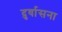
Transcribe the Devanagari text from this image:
दुर्वासना